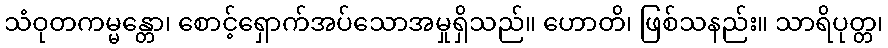
သံဝုတကမ္မန္တော၊ စောင့်ရှောက်အပ်သောအမှုရှိသည်။ ဟောတိ၊ ဖြစ်သနည်း။ သာရိပုတ္တ၊